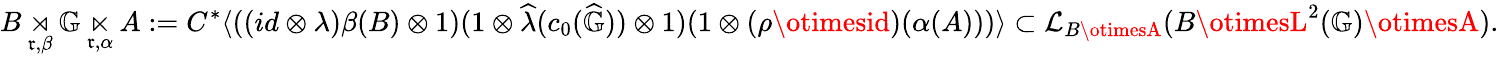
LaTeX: B\underset{\mathfrak{r},\beta}{\rtimes}\mathbb{{G}}\underset{\mathfrak{r},\alpha}{\ltimes}A:=C^{*}\langle((id\otimes\lambda)\beta(B)\otimes1)(1\otimes\widehat{{\lambda}}(c_{0}(\widehat{{\mathbb{{G}}}}))\otimes1)(1\otimes(\rho\otimesid)(\alpha(A)))\rangle\subset\mathcal{{L}}_{B\otimesA}(B\otimesL^{2}(\mathbb{{G}})\otimesA).